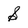
Character: S